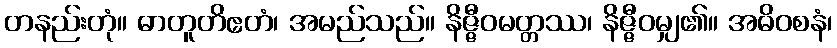
တနည်းတုံ။ ဓာတူတိဧတံ၊ အမည်သည်။ နိဇ္ဇီဝမတ္တဿ၊ နိဇ္ဇီဝမျှ၏။ အဓိဝစနံ၊